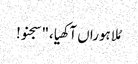
مُلا ہوراں آکھیا،"سجنو!